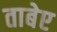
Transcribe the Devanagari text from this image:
ताबेए